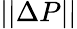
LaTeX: ||\Delta P||